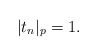
\begin{align*}|t_n|_p=1.\end{align*}